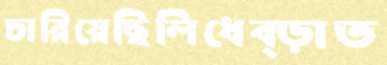
চারিয়েছিলিধেব্‌ড়াত